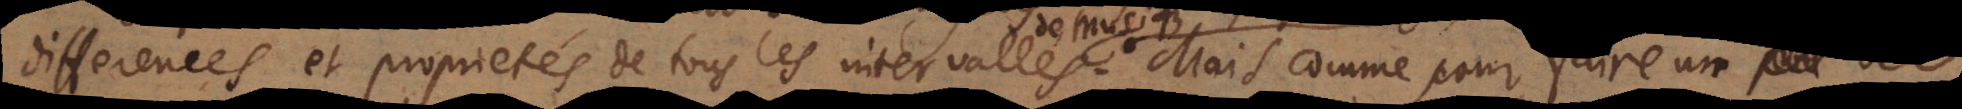
differences et proprietés de tous les intervalles Mais comme pour faire un